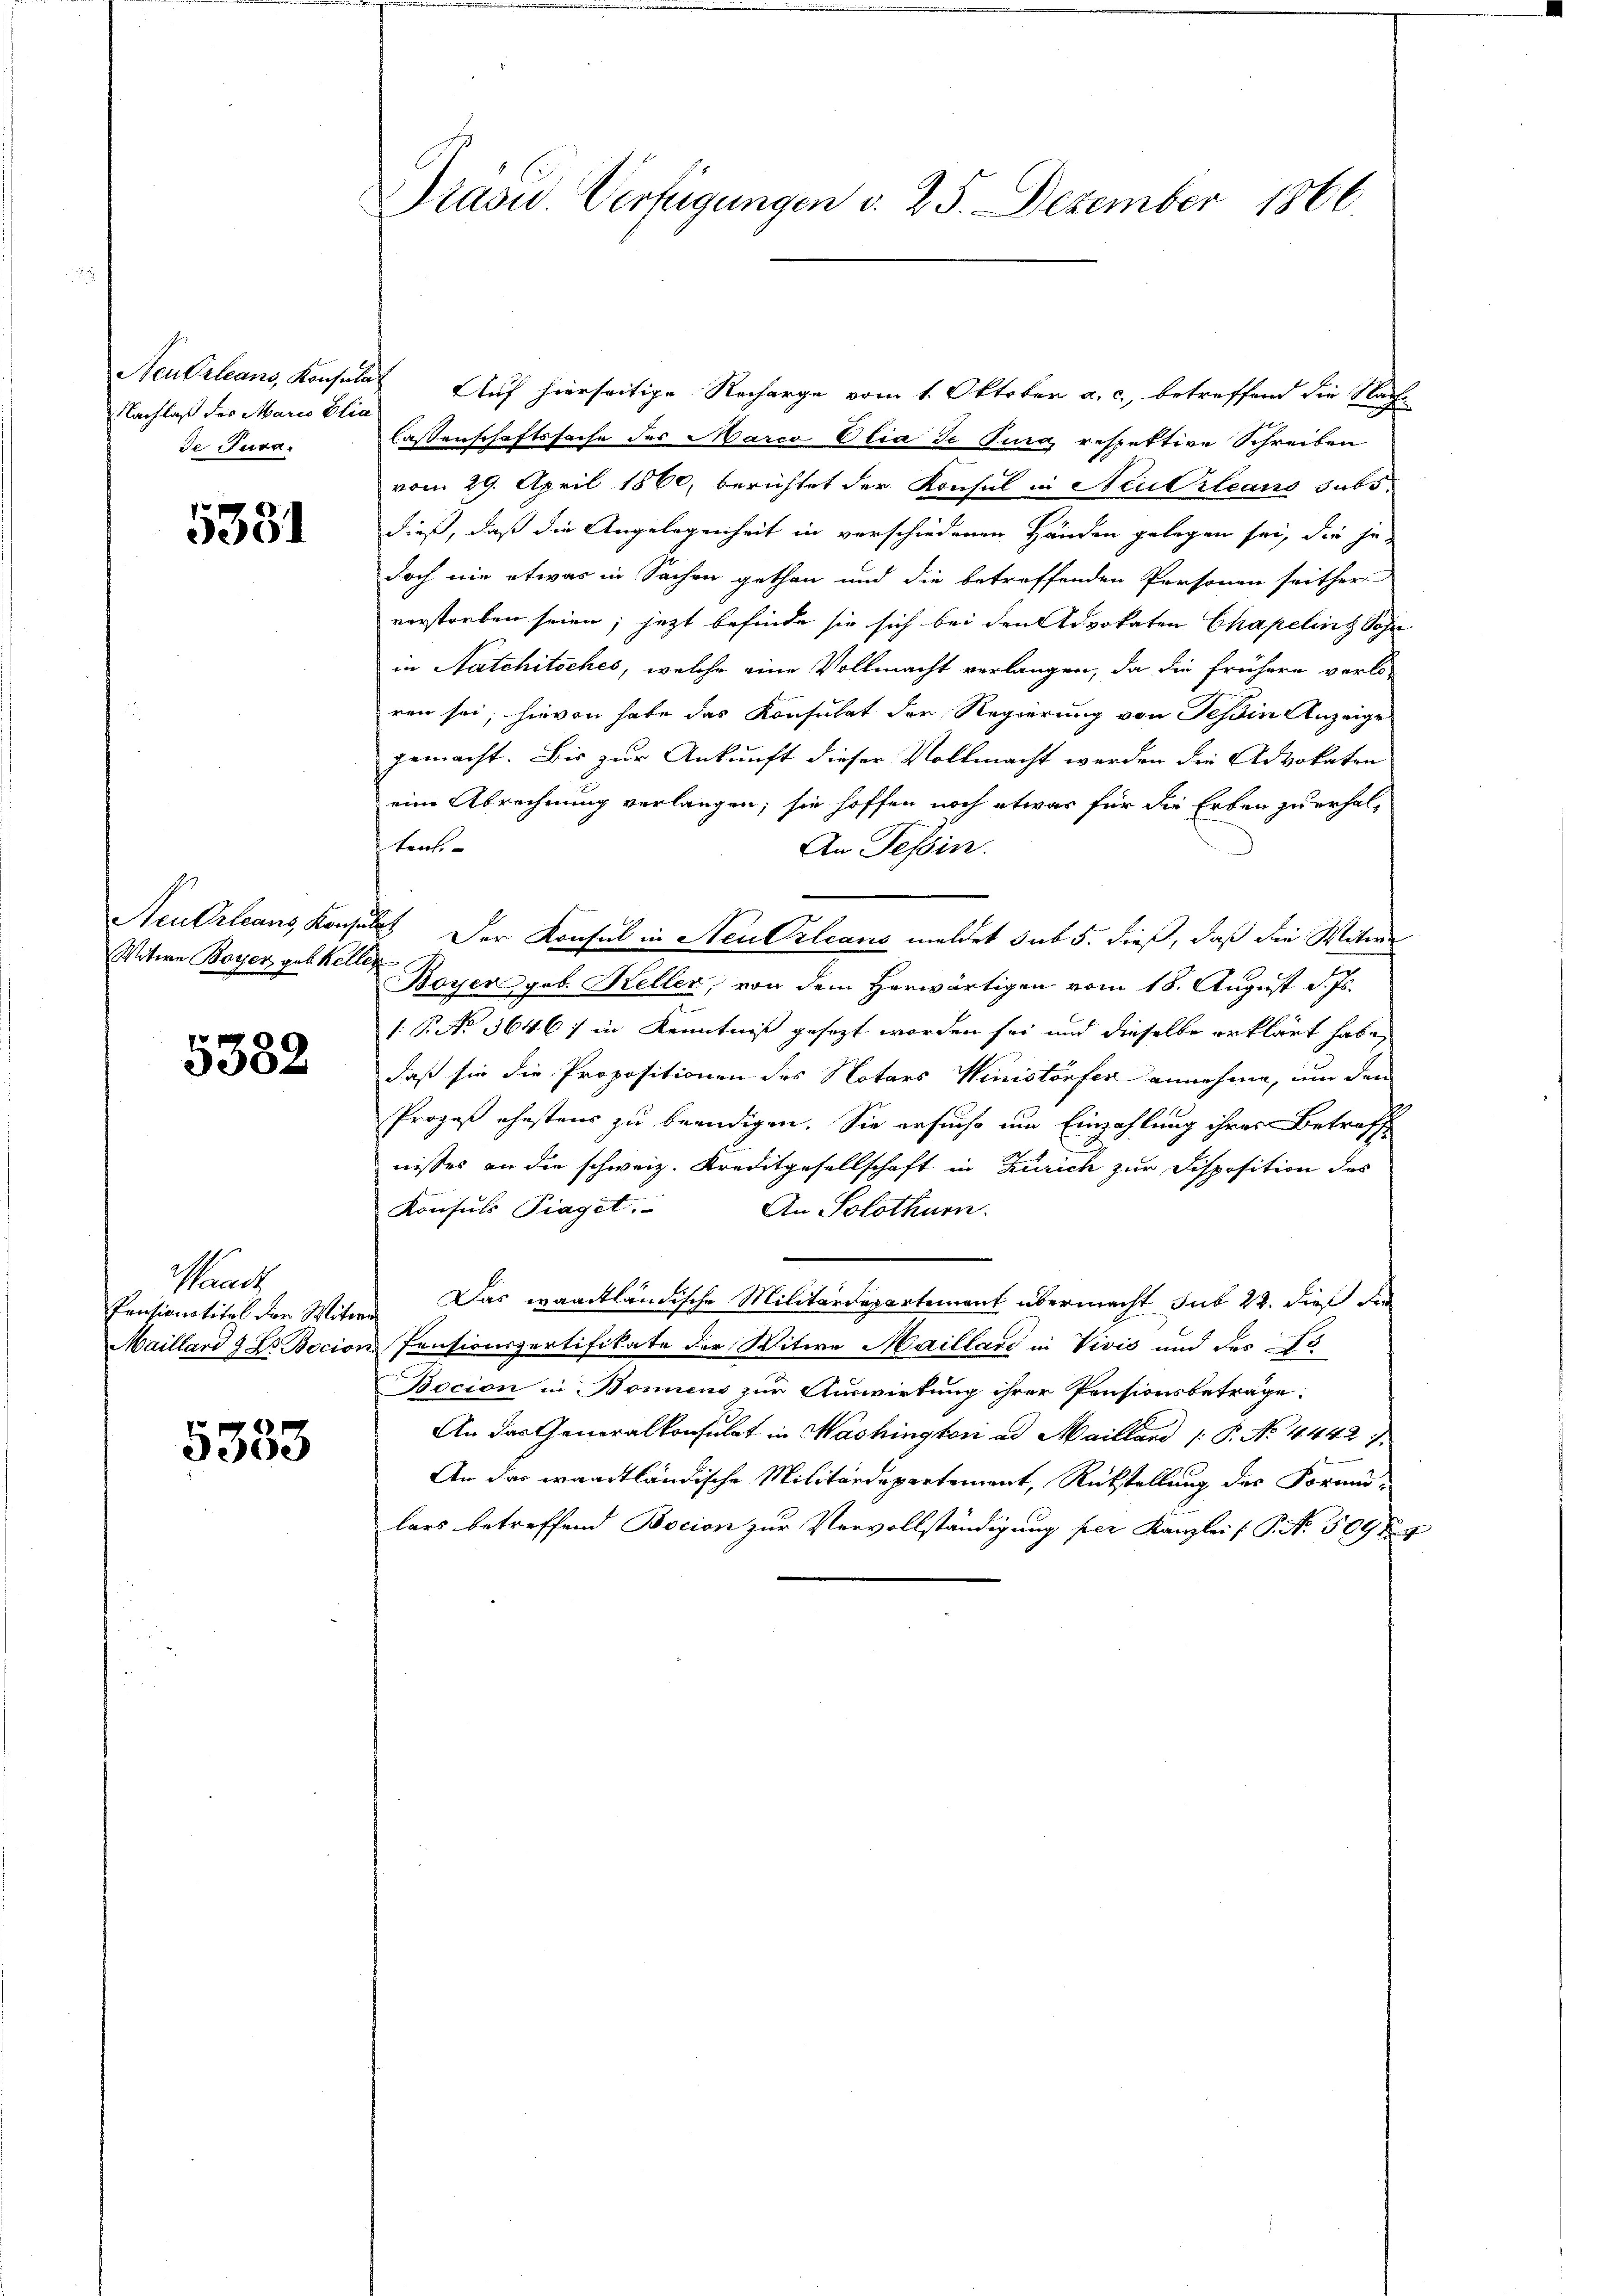
Nachlaß des Maria Elia
de Jura.

5331

Witwe Boyer geb. Kellen

5582

Waadt,

5333

Neutrleans, Konsulat Auf hierseitige Recharge vom 1. Oktober a. c., betreffend die Nach-
Cassenschaftssache des Marco Olia de Tura, respektive Schreiben
vom 29. April 1860, berichtet der Konsul in Neuerleans subs-
dieß, daß die Angelegenheit in verschiedenen Händen gelegen sei, die je
doch nie etwas in Sachen gethan und die betreffenden Personen seither
verstorben seien; jetzt befinde sie sich bei den Advokaten Chapelins Sohn
in Natchitsches, welche eine Vollmacht verlangen, da die frühere verle-
ren sei; hievon habe das Konsulat der Regierung von Teßin Anzeige
gemacht. Bis zur Ankunft dieser Vollmacht werden die Advokaten
eine Abrechnung verlangen; sie hoffen noch etwas für die Erben zu erhaltente
An Tessin.
Neukrleans, Konsulat der Konsul in Neu Orleans meldet sub 5. dieß, daß die Witwe
Boyer geb. Keller, von dem Herwärtigen vom 18. August d. Js.
/. P. No 36467 in Kenntniß gesezt worden sei und dieselbe erklärt habe,
daß sie die Propositionen des Notars Winistorfer annehme, um den
Prozeß ehestens zu beendigen. Sie ersuche um Einzahlung ihres Betreff
nisses an die schweiz. Kreditgesellschaft in Zürich zur Disposition des
Konsuls Piaget.
An Solothurn.
Pensionstitel den Wite. Das waadtländische Militärdepartement übermacht sub 22. dieß der
Maillard & Dr Bocion Pensionspertifikate der Witwe Maillard in Vivis und des Fo
Bocion in Bonnens zur Auswirkung ihrer Pensionsbeträge.
An das Generalkonsulat in Washingtoni ad Mailland /: P. No. 44427.
An das waadtländische Militärdepartement, Rückstellung des Formu-
lars betreffend Bocion zur Vervollständigung per Kanzlei ( P. No. 509 f. 7

Präsid. Verfügungen v. 25. Dezember 1866